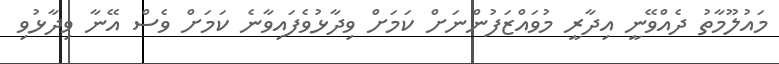
މައުލޫމާތު ދެއްވޭނީ އިދާރީ މުވައްޒަފުންނަށް ކަމަށް ވިދާޅުވެފައިވާނެ ކަމަށް ވެސް އޭނާ ވިދާޅުވި